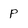
Character: p